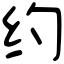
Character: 约